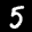
Label: 5